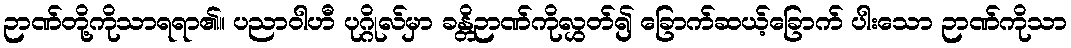
ဉာဏ်တို့ကိုသာရရာ၏။ ပညာဝါဟီ ပုဂ္ဂိုလ်မှာ ခန္တိဉာဏ်ကိုလွှတ်၍ ခြောက်ဆယ့်ခြောက် ပါးသော ဉာဏ်ကိုသာ